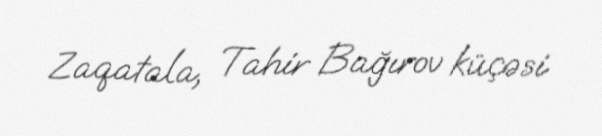
Zaqatala, Tahir Bağırov küçəsi